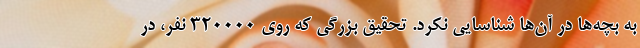
به بچه‌ها در آن‌ها شناسایی نکرد. تحقیق بزرگی که روی ۳۲۰۰۰۰ نفر، در